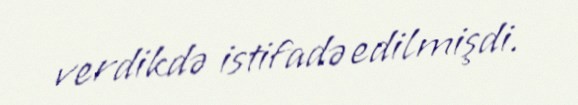
verdikdə istifadə edilmişdi.